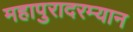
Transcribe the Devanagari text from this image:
महापुरादरम्यान